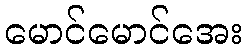
မောင်မောင်အေး